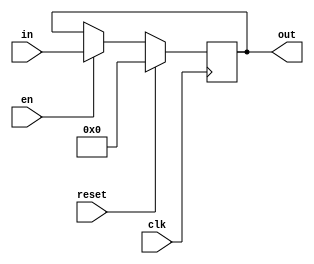
`timescale 1ns / 1ps
//////////////////////////////////////////////////////////////////////////////////
// Company: 
// Engineer: 
// 
// Design Name: 
// Module Name:    REG 
// Project Name: 
// Target Devices: 
// Tool versions: 
// Description: 
//
// Dependencies: 
//
// Revision: 
// Revision 0.01 - File Created
// Additional Comments: 
//
//////////////////////////////////////////////////////////////////////////////////
module REG #(parameter width = 8)(
	input		[width-1:0]in,
	output reg[width-1:0]out,
	input clk,
	input reset,
	input en
	
    );
	 
	 initial begin
		out <= 0;
	 end
	 
	 always @(posedge clk)
	 begin
		if (reset)
			out <= 0;
		else 
		begin 
			if(en)
				out <= in;
			else 
				out <= out;
		end 
	 end
	 
endmodule